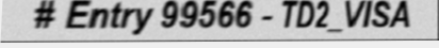
# Entry 99566 - TD2_VISA